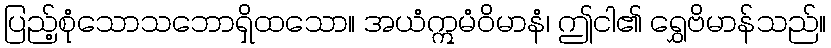
ပြည့်စုံသောသဘောရှိထသော။ အယံဣမံဝိမာနံ၊ ဤငါ၏ ရွှေဗိမာန်သည်။